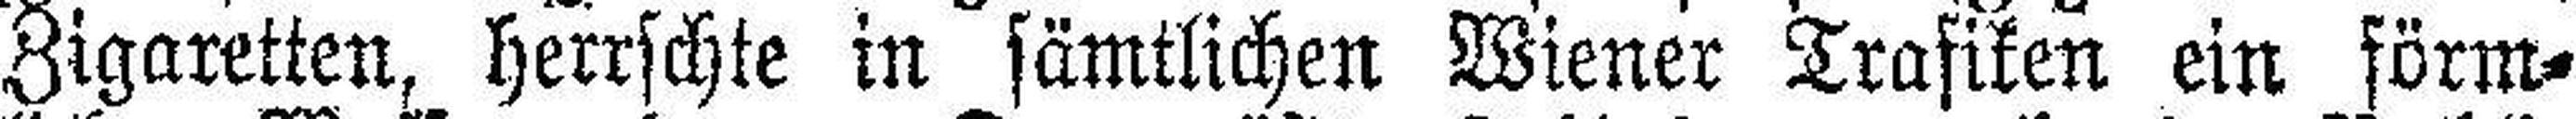
Zigaretten, herrschte in sämtlichen Wiener Trafiken ein förm¬